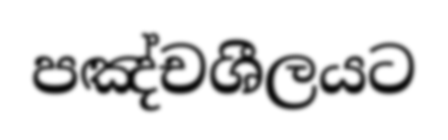
පඤ්චශීලයට